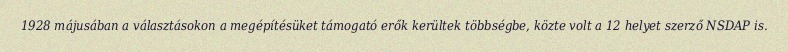
1928 májusában a választásokon a megépítésüket támogató erők kerültek többségbe, közte volt a 12 helyet szerző NSDAP is.